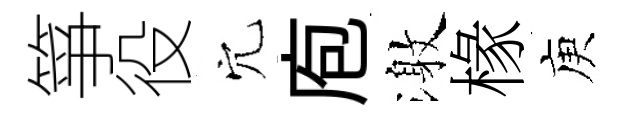
箏役穴庖激椽庾